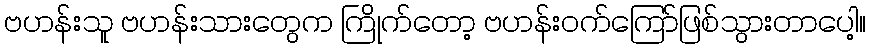
ဗဟန်းသူ ဗဟန်းသားတွေက ကြိုက်တော့ ဗဟန်းဝက်ကြော်ဖြစ်သွားတာပေါ့။